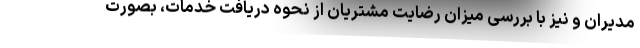
مدیران و نیز با بررسی میزان رضایت مشتریان از نحوه دریافت خدمات، بصورت